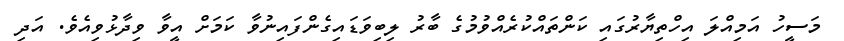
މަސީހު އަމިއްލަ އިހްތިޔާރުގައި ކަންތައްކުރެއްވުމުގެ ބާރު ލިބިވަޑައިގެންފައިނުވާ ކަމަށް އީވާ ވިދާޅުވިއެވެ. އަދި